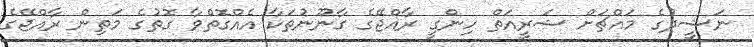
ނަޝީދުގެ މައްޗަށް ޝަރީއަތް ހިންގީ ރާއްޖޭގެ ގާނޫނުތަކާ އެއްގޮތްވާ ގޮތުގެ މަތިން ރާއްޖޭގެ